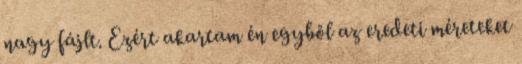
nagy fájlt. Ezért akartam én egyből az eredeti méreteket